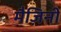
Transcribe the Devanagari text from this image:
मैज़िनी